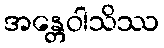
အန္တေဝါသိဿ